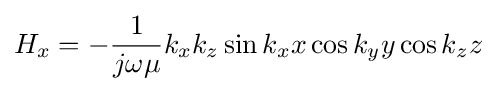
H_{x}=-{\frac {1}{j\omega \mu }}k_{x}k_{z}\sin k_{x}x\cos k_{y}y\cos k_{z}z